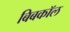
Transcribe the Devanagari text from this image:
बिबकॉल